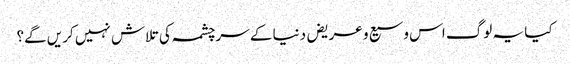
کیا یہ لوگ اس وسیع و عریض دنیا کے سرچشمہ کی تلاش نہیں کریں گے؟